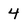
Character: 4